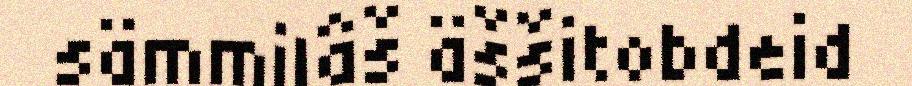
sämmilâš äššitobdeid